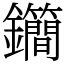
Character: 𨰝